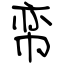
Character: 帟